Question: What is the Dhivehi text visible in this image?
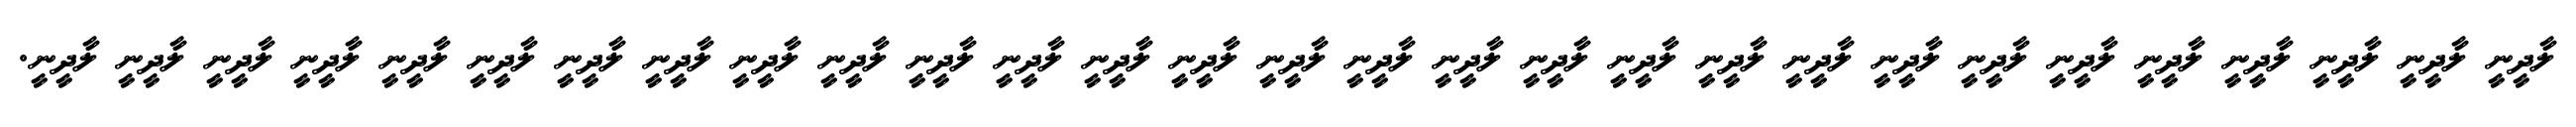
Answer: ލާދީނީ ލާދީނީ ލާދީނީ ލާދީނީ ލާދީނީ ލާދީނީ ލާދީނީ ލާދީނީ ލާދީނީ ލާދީނީ ލާދީނީ ލާދީނީ ލާދީނީ ލާދީނީ ލާދީނީ ލާދީނީ ލާދީނީ ލާދީނީ ލާދީނީ ލާދީނީ ލާދީނީ ލާދީނީ ލާދީނީ ލާދީނީ ލާދީނީ ލާދީނީ ލާދީނީ ލާދީނީ ލާދީނީ.